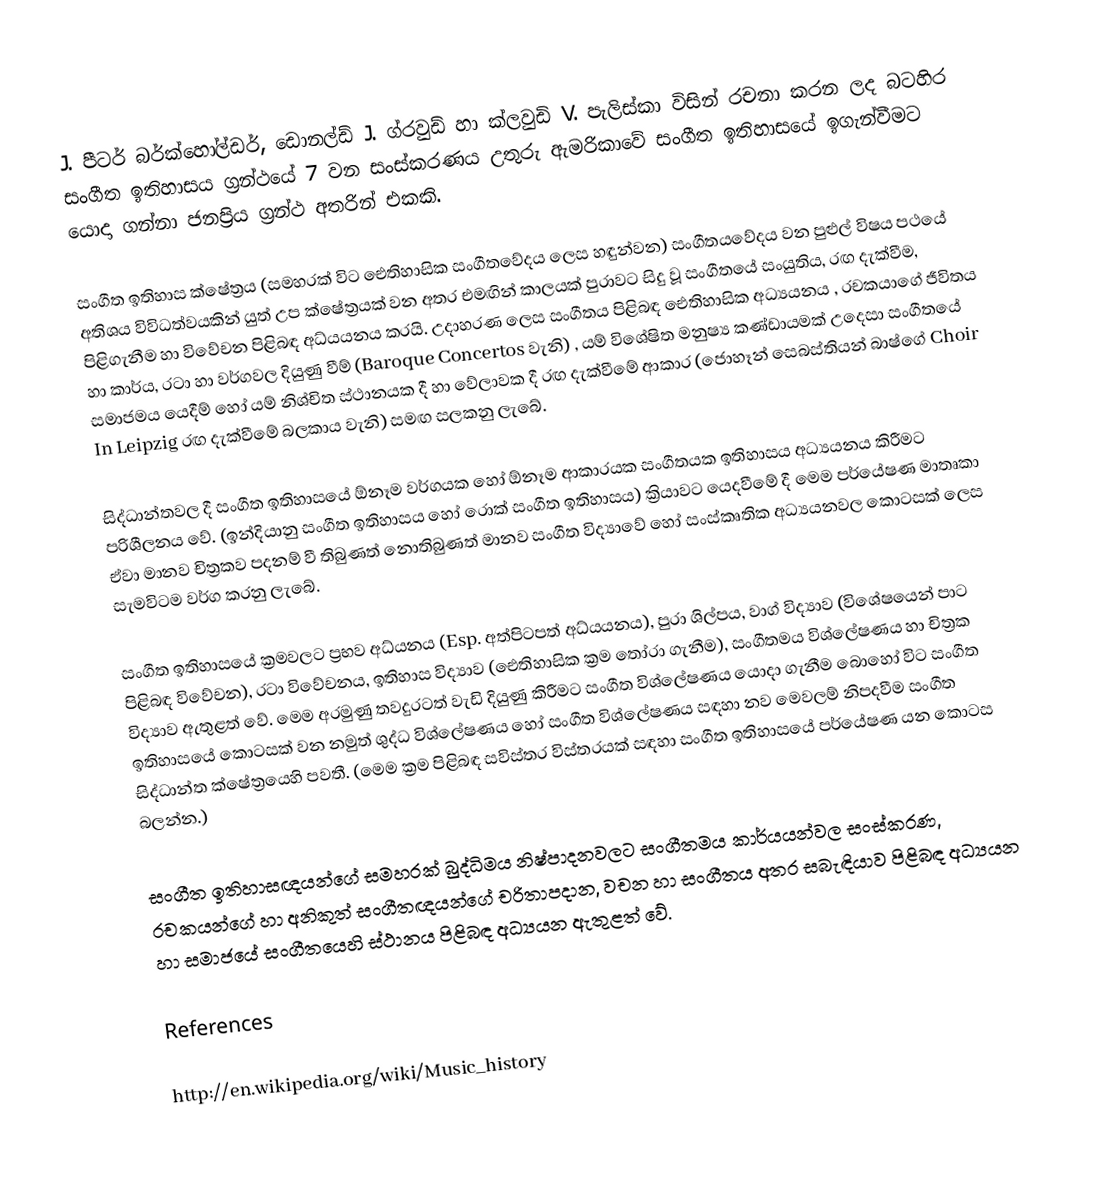
J. පීටර් බර්ක්හෝල්ඩර්, ඩොනල්ඩ් J. ග්රවුඩ් හා ක්ලවුඩි V. පැලිස්කා විසින් රචනා කරන ලද බටහිර සංගීත ඉතිහාසය ග්‍රන්ථයේ 7 වන සංස්කරණය උතුරු ඇමරිකාවේ සංගීත ඉතිහාසයේ ඉගැන්වීමට යොදා ගන්නා ජනප්‍රිය ග්‍රන්ථ අතරින් එකකි.

සංගීත ඉතිහාස ක්ෂේත්‍රය (සමහරක් විට ඓතිහාසික සංගීතවේදය ලෙස හඳුන්වන) සංගීතයවේදය වන පුළුල් විෂය පථයේ අතිශය විවිධත්වයකින් යුත් උප ක්ෂේත්‍රයක් වන අතර එමඟින් කාලයක් පුරාවට සිදු වූ සංගීතයේ සංයුතිය, රඟ දැක්වීම, පිළිගැනීම හා විවේචන පිළිබඳ අධ්යයනය කරයි. උදාහරණ ලෙස සංගීතය පිළිබඳ ඓතිහාසික අධ්‍යයනය , රචකයාගේ ජීවිතය හා කාර්ය, රටා හා වර්ගවල දියුණු වීම් (Baroque Concertos වැනි) , යම් විශේෂිත මනුෂ්‍ය කණ්ඩායමක් උදෙසා සංගීතයේ සමාජමය යෙදීම් හෝ යම් නිශ්චිත ස්ථානයක දී හා වේලාවක දී රඟ දැක්වීමේ ආකාර (ජොහෑන් සෙබස්තියන් බාෂ්ගේ Choir In Leipzig රඟ දැක්වීමේ බලකාය වැනි) සමඟ සලකනු ලැබේ.

සිද්ධාන්තවල දී සංගීත ඉතිහාසයේ ඕනෑම වර්ගයක හෝ ඕනෑම ආකාරයක සංගීතයක ඉතිහාසය අධ්‍යයනය කිරීමට පරිශීලනය වේ. (ඉන්දියානු සංගීත ඉතිහාසය හෝ රොක් සංගීත ඉතිහාසය) ක්‍රියාවට යෙදවීමේ දී මෙම පර්යේෂණ මාතෘකා ඒවා මානව චිත්‍රකව පදනම් වී තිබුණත් නොතිබුණත් මානව සංගීත විද්‍යාවේ හෝ සංස්කෘතික අධ්‍යයනවල කොටසක් ලෙස සැමවිටම වර්ග කරනු ලැබේ.

සංගීත ඉතිහාසයේ ක්‍රමවලට ප්‍රභව අධ්යනය (Esp. අත්පිටපත් අධ්යයනය), පුරා ශිල්පය, වාග් විද්‍යාව (විශේෂයෙන් පාට පිළිබඳ විවේචන), රටා විවේචනය, ඉතිහාස විද්‍යාව (ඓතිහාසික ක්‍රම තෝරා ගැනීම), සංගීතමය විශ්ලේෂණය හා චිත්‍රක විද්‍යාව ඇතුළත් වේ. මෙම අරමුණු තවදුරටත් වැඩි දියුණු කිරීමට සංගීත විශ්ලේෂණය යොදා ගැනීම බොහෝ විට සංගීත ඉතිහාසයේ කොටසක් වන නමුත් ශුද්ධ විශ්ලේෂණය හෝ සංගීත විශ්ලේෂණය සඳහා නව මෙවලම් නිපදවීම සංගීත සිද්ධාන්ත ක්ෂේත්‍රයෙහි පවතී. (මෙම ක්‍රම පිළිබඳ සවිස්තර විස්තරයක් සඳහා සංගීත ඉතිහාසයේ පර්යේෂණ යන කොටස බලන්න.)

සංගීත ඉතිහාසඥයන්ගේ සමහරක් බුද්ධිමය නිෂ්පාදනවලට සංගීතමය කාර්යයන්වල සංස්කරණ, රචකයන්ගේ හා අනිකුත් සංගීතඥයන්ගේ චරිතාපදාන, වචන හා සංගීතය අතර සබැඳියාව පිළිබඳ අධ්‍යයන හා සමාජයේ සංගීතයෙහි ස්ථානය පිළිබඳ අධ්‍යයන ඇතුළත් වේ.

References

http://en.wikipedia.org/wiki/Music_history